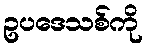
ဥပဒေသစ်ကို